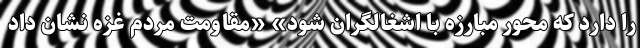
را دارد که محور مبارزه با اشغالگران شود» «مقاومت مردم غزه نشان داد